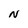
Character: N